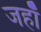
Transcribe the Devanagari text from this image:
जहाँं